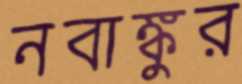
নবাঙ্কুর